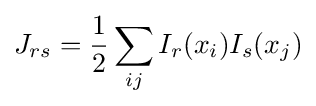
J_{rs}={\frac {1}{2}}\sum _{ij}I_{r}(x_{i})I_{s}(x_{j})